Bréfritari: Stefanía Siggeirsdóttir
Viðtakandi: Páll Pálsson
Dagsetning: A-1868-10-29
Skrifað á: Hraungerði  Árn.
Stefanía var bróðurdóttir Páls Pálssonar

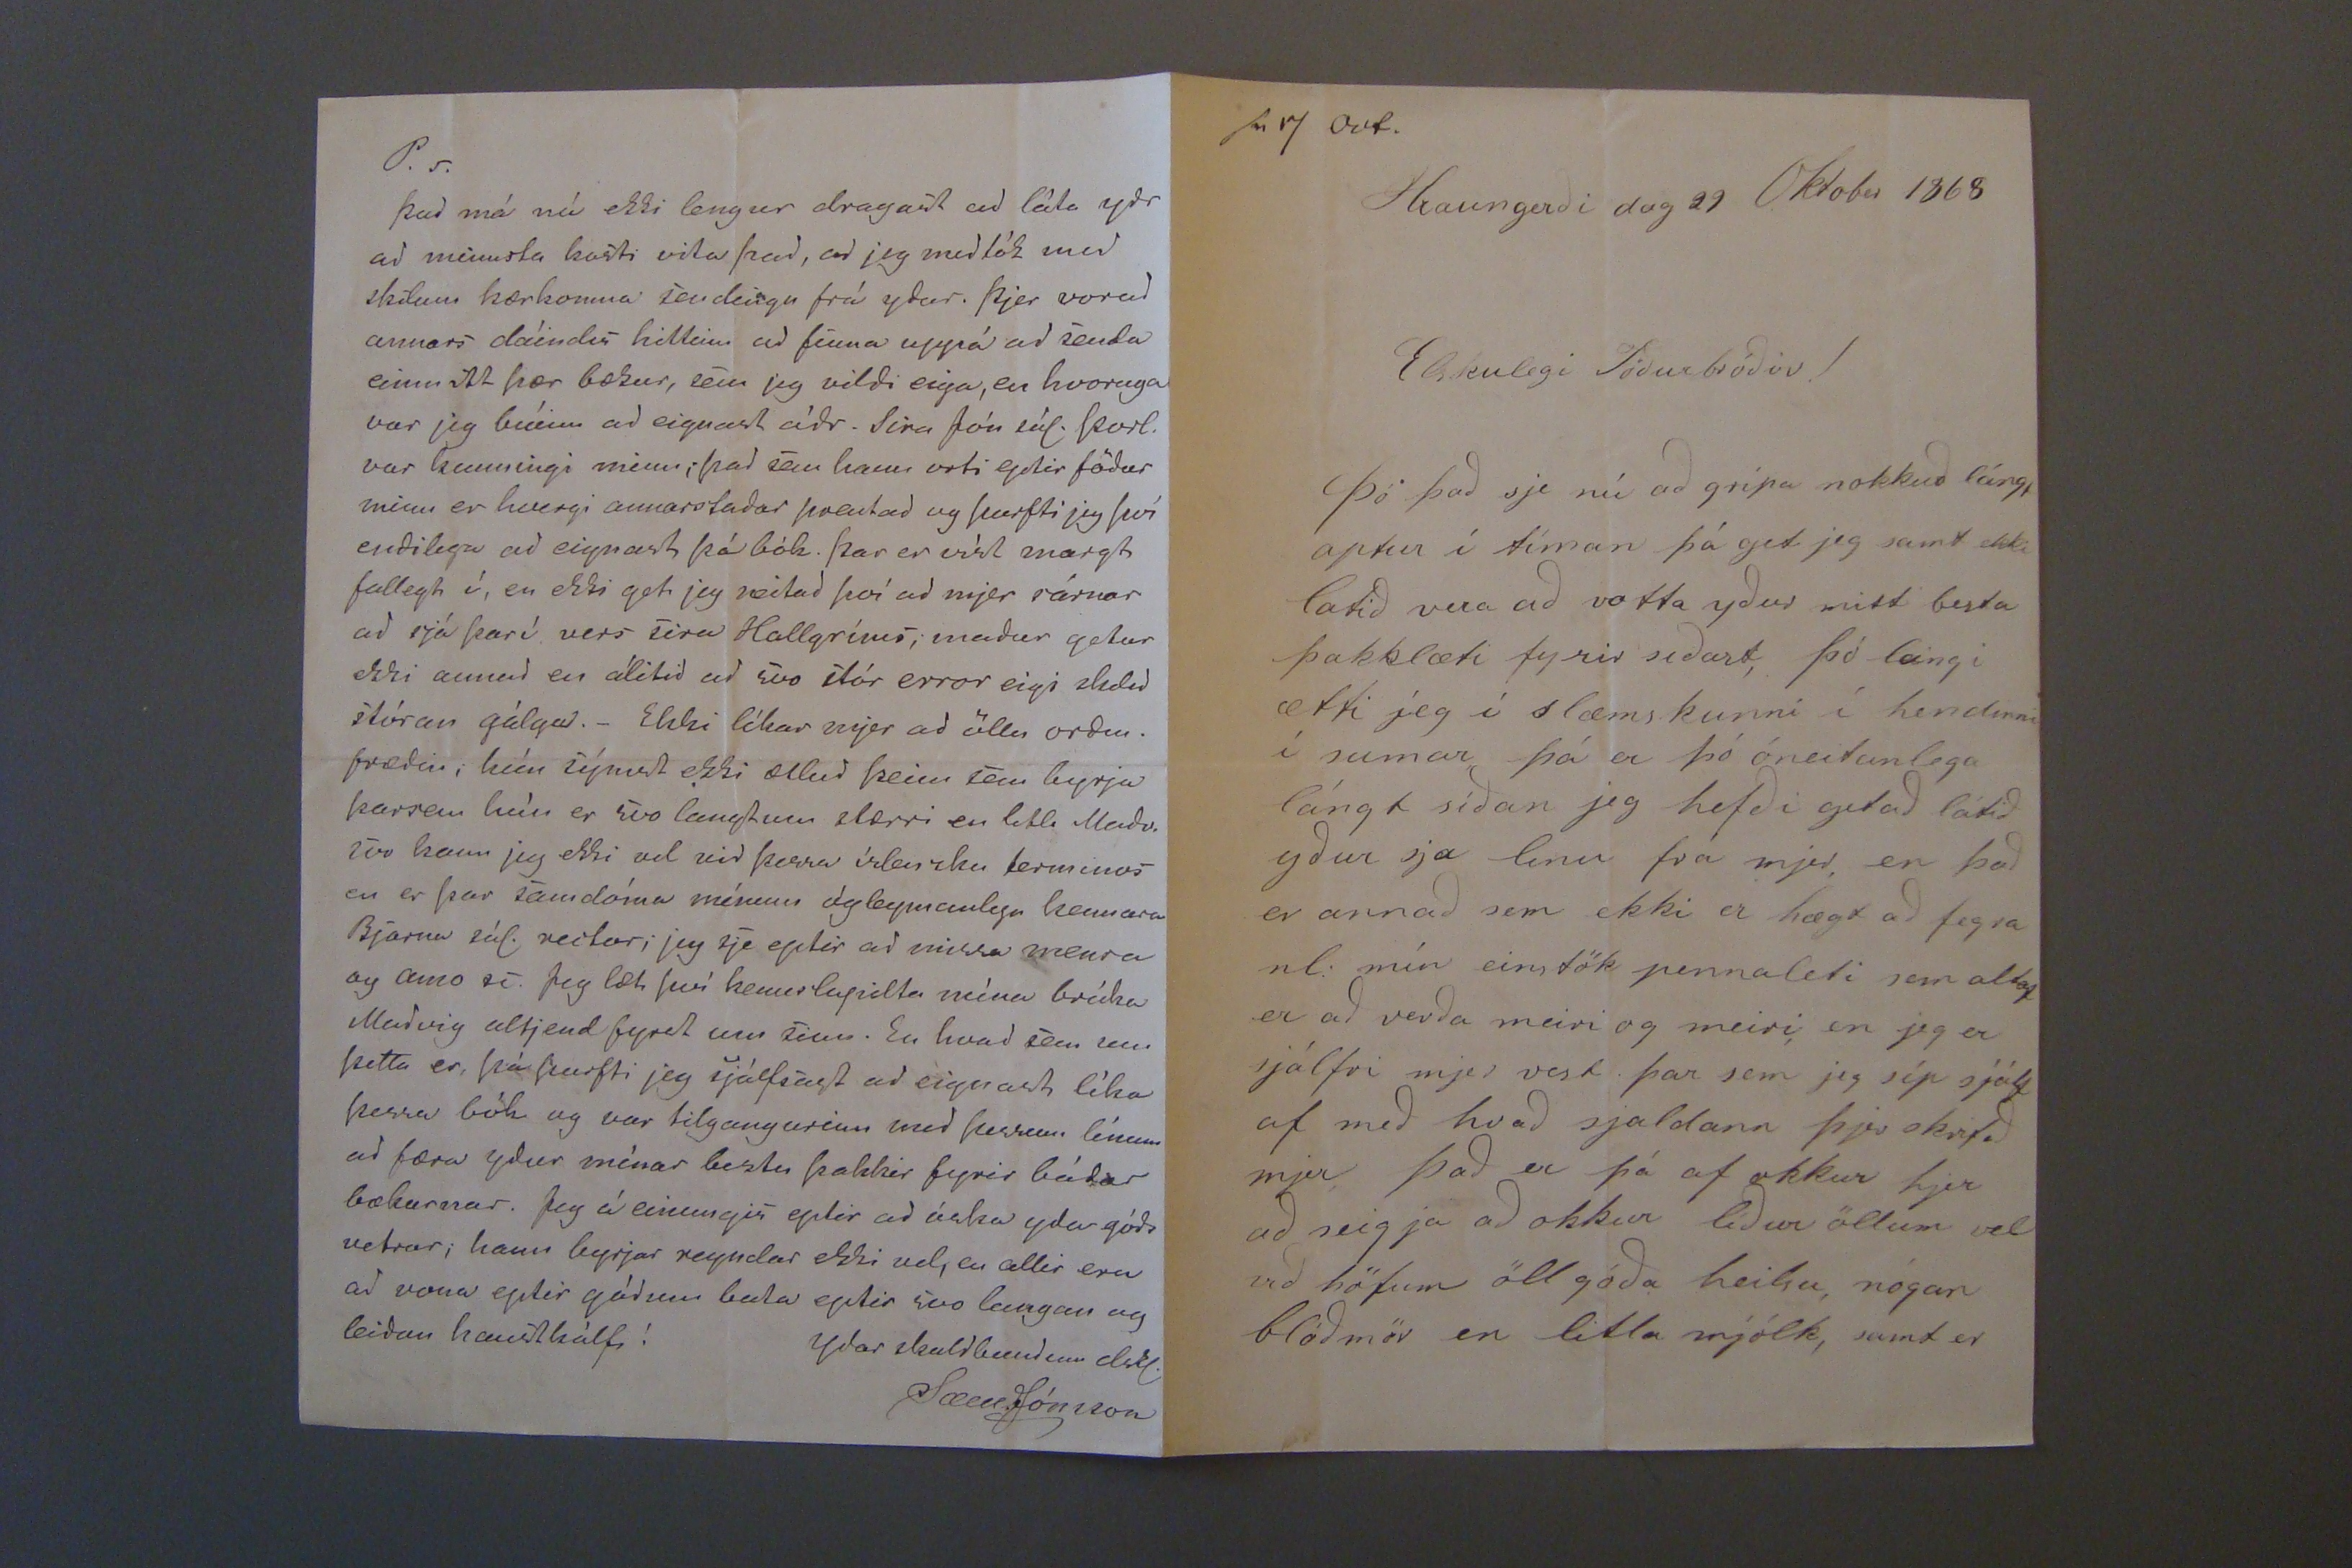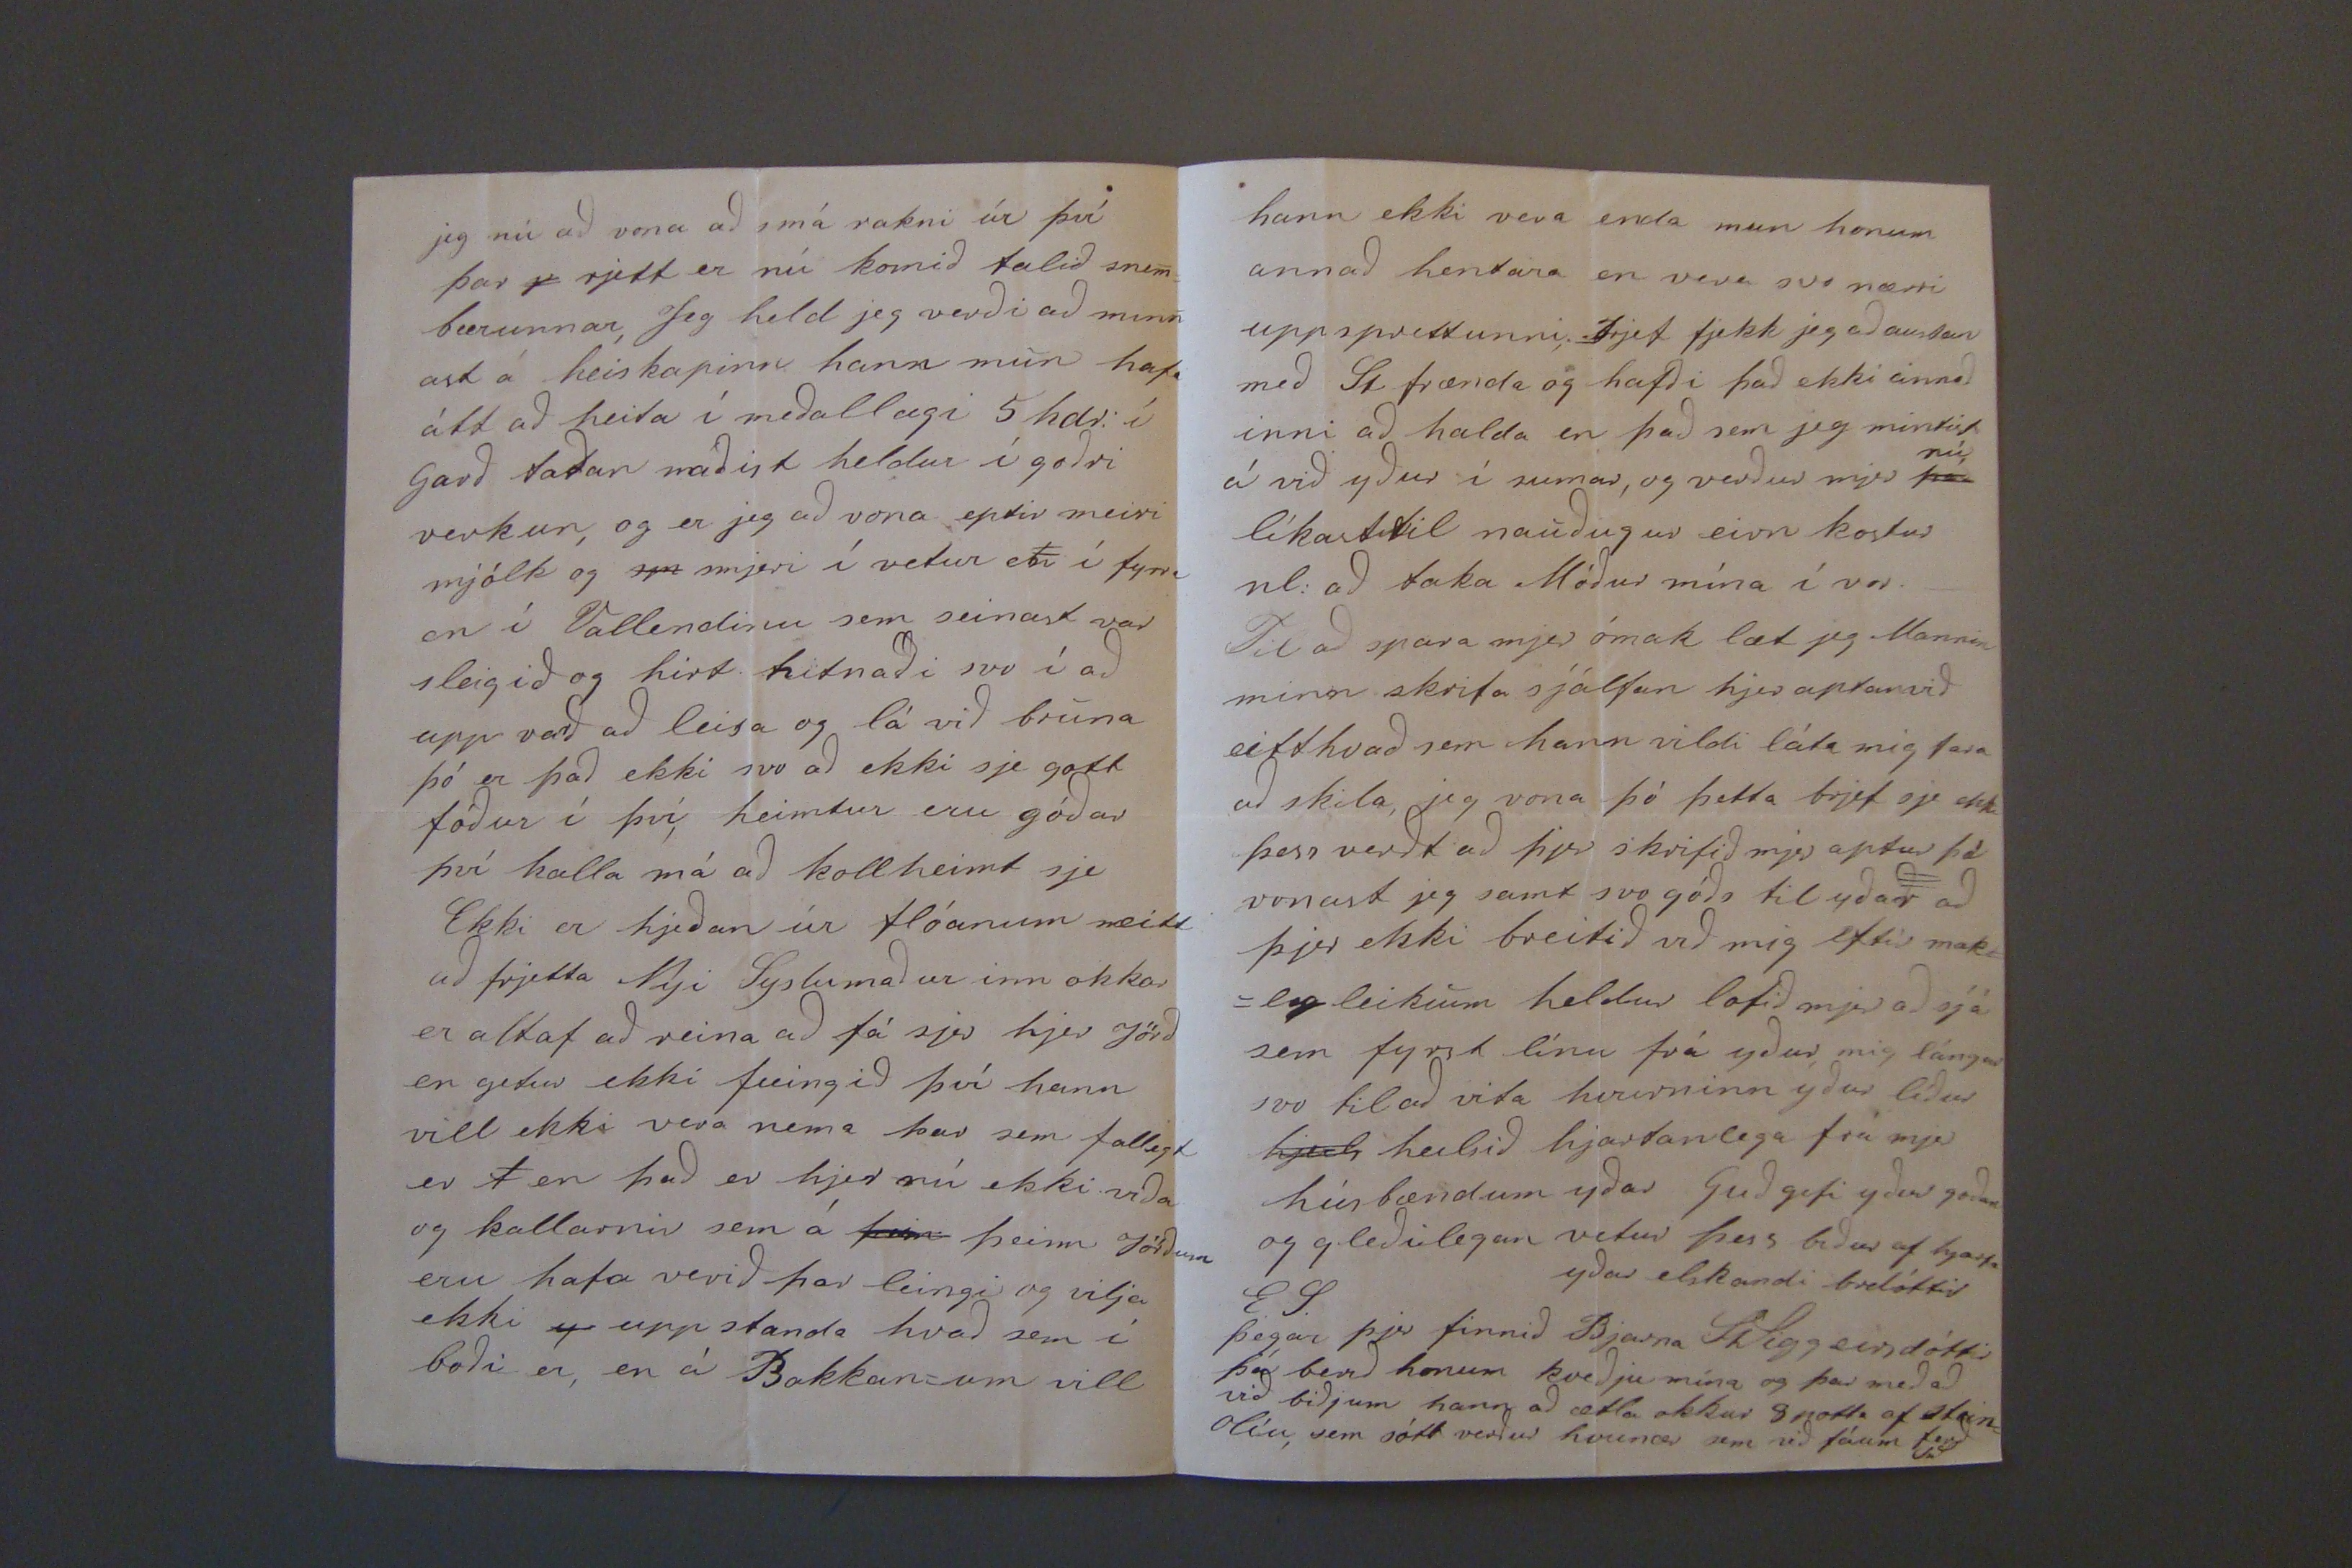

sv 7 Oct. Hraungerði dag 29 Oktober 1868
Elskulegi Föðurbróðir!
Þó það sje nú að grípa nokkuð lángt aptur í tíman þá get jeg samt ekki latið vera að votta yður mitt besta þakklæti fyrir siðast, þó leingi ætti jeg í slæmskunni í hendinni í sumar þá er þó óneitanlega lángt síðan jeg hefði getað látið yður sja linu frá mjer, en það er annað sem ekki er hægt að fegra nl: mín einstök pennaleti sem altaf er að verða meiri og meiri, en jeg er sjálfri mjer vest þar sem jeg síp sjálf af með hvað sjaldann þjer skrifað mjer Það er þá af okkur hjer að seigja að okkur líður öllum vel við höfum öll góða heilsu, nógan blóðmör en litla mjólk, samt er
jeg nú að vona að smá rakni úr því þar
r
rjett er nú komið talið snem=
bærunnar,
Jeg held jeg verði að minn ast á heiskapinn hann mun hafa átt að heita í meðallægi 5 hdr: í Garð taðan náðist heldur í goðri verkun, og er jeg að vona eptir meiri mjólk og
sm
smjeri í vetur en í fyrra en í Vallendinu sem seinast var sleigið og hirt hitnaði svo í að upp varð að leisa og lá við bruna þó er það ekki svo að ekki sje gott fóður í því, heimtur eru góðar því kalla má að kollheimt sje Ekki er hjeðan úr flóanum neitt að frjetta Nyi Syslumaðurinn okkar er altaf að reina að fá sjer hjer Jörð en getur ekki feingið því hann vill ekki vera nema þar sem fallegt er
A
en það er hjer nú ekki víða og kallarnir sem á
þeim
þeim Jörðum eru hafa verið þar leingi og vilja ekki
u
upp standa hvað sem í boði er, en á Bakkan=um vill
hann ekki vera enda mun honum annað hentara en vera svo nærri upp sprettunni; Brjef fjekk jeg að austan með St frænda og hafði það ekki annað inni að halda en það sem jeg mintist á við yður í sumar, og verður mjer
það
nú
líkast til nauðugur eirn kostur nl: að taka Móður mína í vor._ Til að spara mjer ómak læt jeg Mannin minn skirfa sjálfan hjer aptanvið eitthvað sem hann vildi láta mig fara að skila, jeg vona þó þetta brjef sje ekki þess verðt að þjer skrifið mjer aptur þá vonast jeg samt svo góðs til yðar að þjer ekki breitið við mig eftir mak= =legleikum heldur lofið mjer að sjá sem fyrst línu frá yður mig lángar svo til að vita hvurninn yður líður
hjeils
heilsið hjartanlega frá mjer húsbændum yðar Guð gefi yður goðan og gleðilegan vetur þess biður af hjarta
yðar elskandi brdóttir
St Siggeirsdóttir
E.S. þegar þjer finnið Bjarna þá berð honum kveðju mína og þar með að við biðjum hann að ætla okkur 8 potta af stein= olíu, sem sótt verður hvenær sem við fáum ferð
s0
P.s. Það má nú ekki lengur dragast ad láta ydr ad minnsta kosti vita þad, ad jeg medtók med skilum kærkomna sendingu frá ydur. Þjer vorud annars dáindis hillinn ad finna uppá ad senda einmitt þær bækur, sem jeg vildi eiga, en hvoruga var jeg búin ad eignast ádr. Sira Jón sál. Þorl. var kunningi minn; þad sem hann orti eptir födur minn er hvergi annarstadar
þrautad
og þurfti jeg því endilega ad eignast þá bók. Þar er víst margt fallegt í, en ekki get jeg neitad því ad mjer sárnar ad sjá þar í vers sira Hallgríms; madur getur ekki annad en álitid ad svo stór error eigi
slidir
stóran gálga._ Ekki líkar mjer ad öllu ordin. frædin; hún sýnist ekki ætlud þeim sem byrja þarsem hún er svo langtum stærri en litli Madu. svo kann jeg ekki vel vid þessa útlensku
terminor
en er þar samdóma mínum ógleymanlega kennara Bjarna sál. rector; jeg sje eptir ad missa
velura ay anno 00
Jeg læt því kennslupilta mína brúka
Madvig
altjend fyrst um sinn. En hvad sem um þetta er, þá þurfti jeg sjálfsagt ad eignast líka þessa bók og var tilgangurinn med þessum línum ad færa ydur mínar beztu þakkir fyrir bádar bækurnar. Jeg á einungis eptir ad óska ydur góds vetrar; hann byrjar reyndar ekki vel, en allir eru ad vona eptir gódum bata eptir svo langan og leidan haustkálfi!
Ydar skuldbundinn elskl.
Sæm.Jónsson